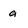
Character: a